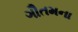
ગૌતમના